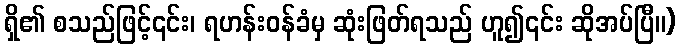
ရှိ၏ စသည်ဖြင့်၎င်း၊ ရဟန်းဝန်ခံမှ ဆုံးဖြတ်ရသည် ဟူ၍၎င်း ဆိုအပ်ပြီ။)